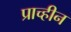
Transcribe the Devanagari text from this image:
प्राच्हीन